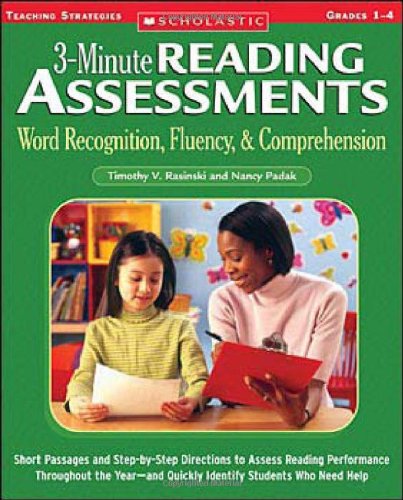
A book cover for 3-Minute Reading Assessments: Word Recognition, Fluency, and Comprehension: Grades 1-4 (Three-minute Reading Assessments); Timothy V. Rasinski; Education & Teaching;